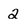
Character: 2